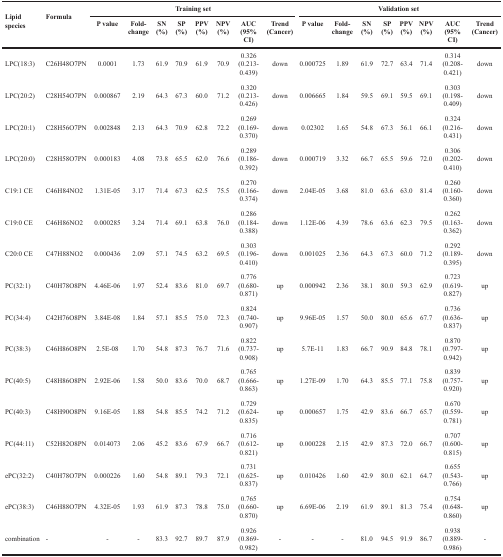
<table><thead><tr><td rowspan="2"><b>Lipid species</b></td><td rowspan="2"><b>Formula</b></td><td colspan="8"><b>Training set</b></td><td colspan="8"><b>Validation set</b></td></tr><tr><td><b>P value</b></td><td><b>Fold- change</b></td><td><b>SN (%)</b></td><td><b>SP (%)</b></td><td><b>PPV (%)</b></td><td><b>NPV(%)</b></td><td><b>AUC (95% CI)</b></td><td><b>Trend (Cancer)</b></td><td><b>P value</b></td><td><b>Fold-change</b></td><td><b>SN (%)</b></td><td><b>SP (%)</b></td><td><b>PPV (%)</b></td><td><b>NPV(%)</b></td><td><b>AUC (95% CI)</b></td><td><b>Trend (Cancer)</b></td></tr></thead><tbody><tr><td>LPC(18:3)</td><td>C26H48O7PN</td><td>0.0001</td><td>1.73</td><td>61.9</td><td>70.9</td><td>61.9</td><td>70.9</td><td>0.326(0.213-0.439)</td><td>down</td><td>0.000725</td><td>1.89</td><td>61.9</td><td>72.7</td><td>63.4</td><td>71.4</td><td>0.314(0.208-0.421)</td><td>down</td></tr><tr><td>LPC(20:2)</td><td>C28H54O7PN</td><td>0.000867</td><td>2.19</td><td>64.3</td><td>67.3</td><td>60.0</td><td>71.2</td><td>0.320(0.213-0.426)</td><td>down</td><td>0.006665</td><td>1.84</td><td>59.5</td><td>69.1</td><td>59.5</td><td>69.1</td><td>0.303(0.198-0.409)</td><td>down</td></tr><tr><td>LPC(20:1)</td><td>C28H56O7PN</td><td>0.002848</td><td>2.13</td><td>64.3</td><td>70.9</td><td>62.8</td><td>72.2</td><td>0.269(0.169-0.370)</td><td>down</td><td>0.02302</td><td>1.65</td><td>54.8</td><td>67.3</td><td>56.1</td><td>66.1</td><td>0.324(0.216-0.431)</td><td>down</td></tr><tr><td>LPC(20:0)</td><td>C28H58O7PN</td><td>0.000183</td><td>4.08</td><td>73.8</td><td>65.5</td><td>62.0</td><td>76.6</td><td>0.289(0.186-0.392)</td><td>down</td><td>0.000719</td><td>3.32</td><td>66.7</td><td>65.5</td><td>59.6</td><td>72.0</td><td>0.306(0.202-0.410)</td><td>down</td></tr><tr><td>C19:1 CE</td><td>C46H84NO2</td><td>1.31E-05</td><td>3.17</td><td>71.4</td><td>67.3</td><td>62.5</td><td>75.5</td><td>0.270(0.166-0.374)</td><td>down</td><td>2.04E-05</td><td>3.68</td><td>81.0</td><td>63.6</td><td>63.0</td><td>81.4</td><td>0.260(0.160-0.360)</td><td>down</td></tr><tr><td>C19:0 CE</td><td>C46H86NO2</td><td>0.000285</td><td>3.24</td><td>71.4</td><td>69.1</td><td>63.8</td><td>76.0</td><td>0.286(0.184-0.388)</td><td>down</td><td>1.12E-06</td><td>4.39</td><td>78.6</td><td>63.6</td><td>62.3</td><td>79.5</td><td>0.262(0.163-0.362)</td><td>down</td></tr><tr><td>C20:0 CE</td><td>C47H88NO2</td><td>0.000436</td><td>2.09</td><td>57.1</td><td>74.5</td><td>63.2</td><td>69.5</td><td>0.303(0.196-0.410)</td><td>down</td><td>0.001025</td><td>2.36</td><td>64.3</td><td>67.3</td><td>60.0</td><td>71.2</td><td>0.292(0.189-0.395)</td><td>down</td></tr><tr><td>PC(32:1)</td><td>C40H78O8PN</td><td>4.46E-06</td><td>1.97</td><td>52.4</td><td>83.6</td><td>81.0</td><td>69.7</td><td>0.776(0.680-0.871)</td><td>up</td><td>0.000942</td><td>2.36</td><td>38.1</td><td>80.0</td><td>59.3</td><td>62.9</td><td>0.723(0.619-0.827)</td><td>up</td></tr><tr><td>PC(34:4)</td><td>C42H76O8PN</td><td>3.84E-08</td><td>1.84</td><td>57.1</td><td>85.5</td><td>75.0</td><td>72.3</td><td>0.824(0.740-0.907)</td><td>up</td><td>9.96E-05</td><td>1.57</td><td>50.0</td><td>80.0</td><td>65.6</td><td>67.7</td><td>0.736(0.636-0.837)</td><td>up</td></tr><tr><td>PC(38:3)</td><td>C46H86O8PN</td><td>2.5E-08</td><td>1.70</td><td>54.8</td><td>87.3</td><td>76.7</td><td>71.6</td><td>0.822(0.737-0.908)</td><td>up</td><td>5.7E-11</td><td>1.83</td><td>66.7</td><td>90.9</td><td>84.8</td><td>78.1</td><td>0.870(0.797-0.942)</td><td>up</td></tr><tr><td>PC(40:5)</td><td>C48H86O8PN</td><td>2.92E-06</td><td>1.58</td><td>50.0</td><td>83.6</td><td>70.0</td><td>68.7</td><td>0.765(0.666-0.863)</td><td>up</td><td>1.27E-09</td><td>1.70</td><td>64.3</td><td>85.5</td><td>77.1</td><td>75.8</td><td>0.839(0.757-0.920)</td><td>up</td></tr><tr><td>PC(40:3)</td><td>C48H90O8PN</td><td>9.16E-05</td><td>1.88</td><td>54.8</td><td>85.5</td><td>74.2</td><td>71.2</td><td>0.729(0.624-0.835)</td><td>up</td><td>0.000657</td><td>1.75</td><td>42.9</td><td>83.6</td><td>66.7</td><td>65.7</td><td>0.670(0.559-0.781)</td><td>up</td></tr><tr><td>PC(44:11)</td><td>C52H82O8PN</td><td>0.014073</td><td>2.06</td><td>45.2</td><td>83.6</td><td>67.9</td><td>66.7</td><td>0.716(0.612-0.821)</td><td>up</td><td>0.000228</td><td>2.15</td><td>42.9</td><td>87.3</td><td>72.0</td><td>66.7</td><td>0.707(0.600-0.815)</td><td>up</td></tr><tr><td>ePC(32:2)</td><td>C40H78O7PN</td><td>0.000226</td><td>1.60</td><td>54.8</td><td>89.1</td><td>79.3</td><td>72.1</td><td>0.731(0.625-0.837)</td><td>up</td><td>0.010426</td><td>1.60</td><td>42.9</td><td>80.0</td><td>62.1</td><td>64.7</td><td>0.655(0.543-0.766)</td><td>up</td></tr><tr><td>ePC(38:3)</td><td>C46H88O7PN</td><td>4.32E-05</td><td>1.93</td><td>61.9</td><td>87.3</td><td>78.8</td><td>75.0</td><td>0.765(0.660-0.870)</td><td>up</td><td>6.69E-06</td><td>2.19</td><td>61.9</td><td>89.1</td><td>81.3</td><td>75.4</td><td>0.754(0.648-0.860)</td><td>up</td></tr><tr><td>combination</td><td>-</td><td>-</td><td>-</td><td>83.3</td><td>92.7</td><td>89.7</td><td>87.9</td><td>0.926(0.869-0.982)</td><td>-</td><td>-</td><td>-</td><td>81.0</td><td>94.5</td><td>91.9</td><td>86.7</td><td>0.938(0.889-0.986)</td><td>-</td></tr></tbody></table>